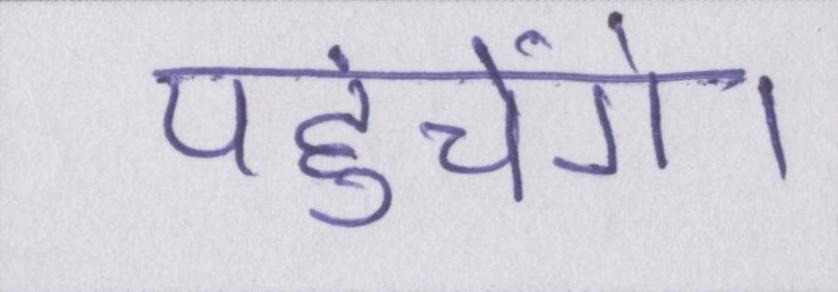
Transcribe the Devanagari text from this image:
पहुंचेंगे।